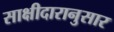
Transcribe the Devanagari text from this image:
साक्षीदारानुसार